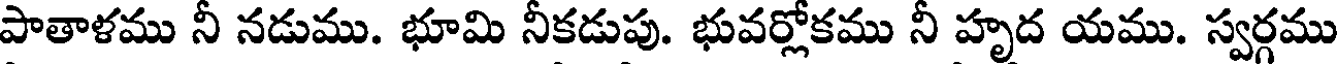
పాతాళము నీ నడుము. భూమి నీకడుపు. భువర్లోకము నీ హృద యము. స్వర్గము